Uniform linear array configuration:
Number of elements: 16
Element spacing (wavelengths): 0.25
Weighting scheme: binomial
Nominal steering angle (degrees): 45
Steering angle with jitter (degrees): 46.291
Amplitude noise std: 0.05
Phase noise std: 0.05

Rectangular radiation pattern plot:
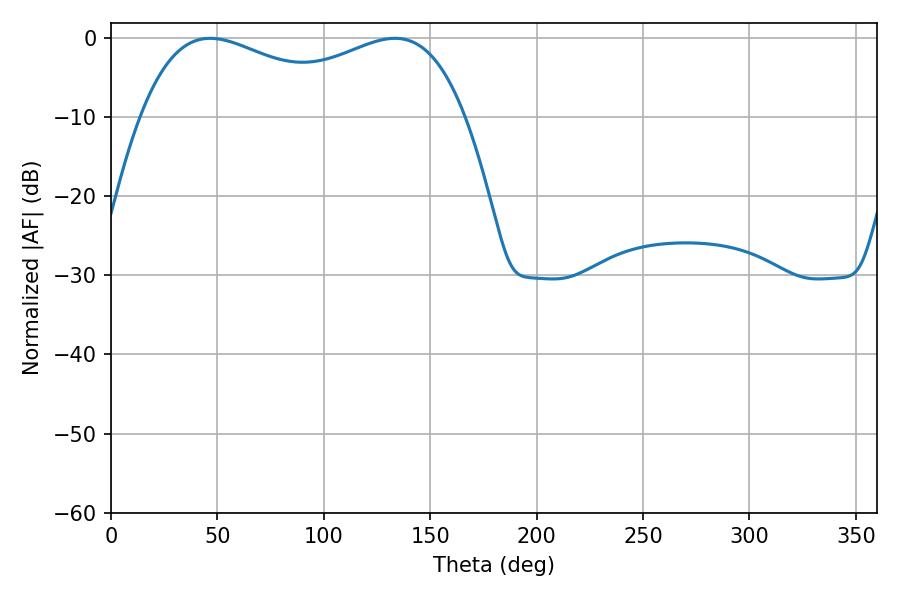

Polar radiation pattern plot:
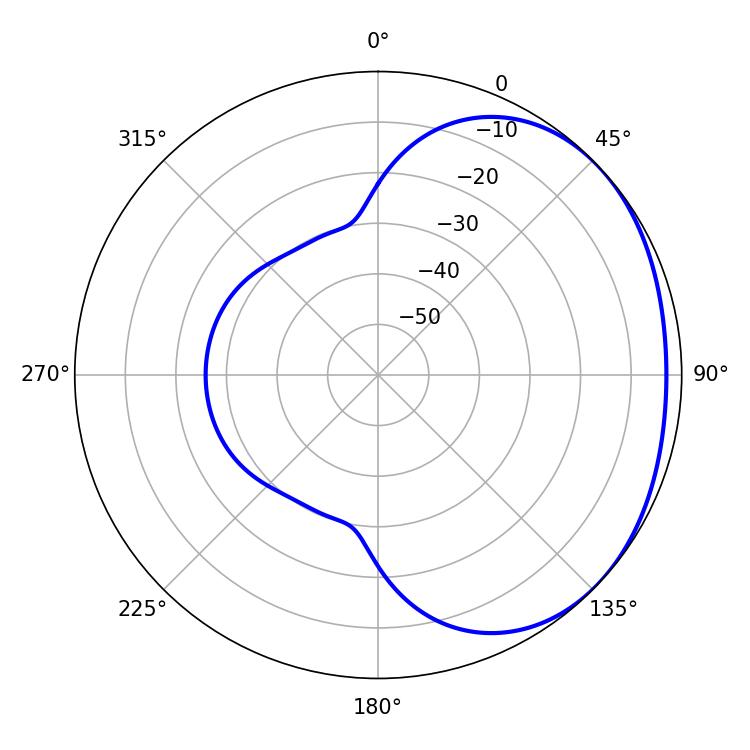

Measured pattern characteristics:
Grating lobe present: FALSE
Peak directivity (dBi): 1.704
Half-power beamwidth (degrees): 60.48
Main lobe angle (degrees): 46.62